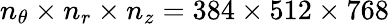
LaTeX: n_{\theta}\times n_{r}\times n_{z}=384\times 512\times 768